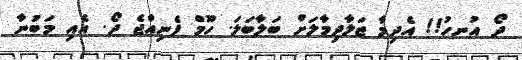
ދޯ އުނހު!! އެދިމާ ޖަލާދިމާލަށް ބަލާބަލަ. ހޫމް ފެނިއްޖެ ދޯ. އެއި މަބުނާ